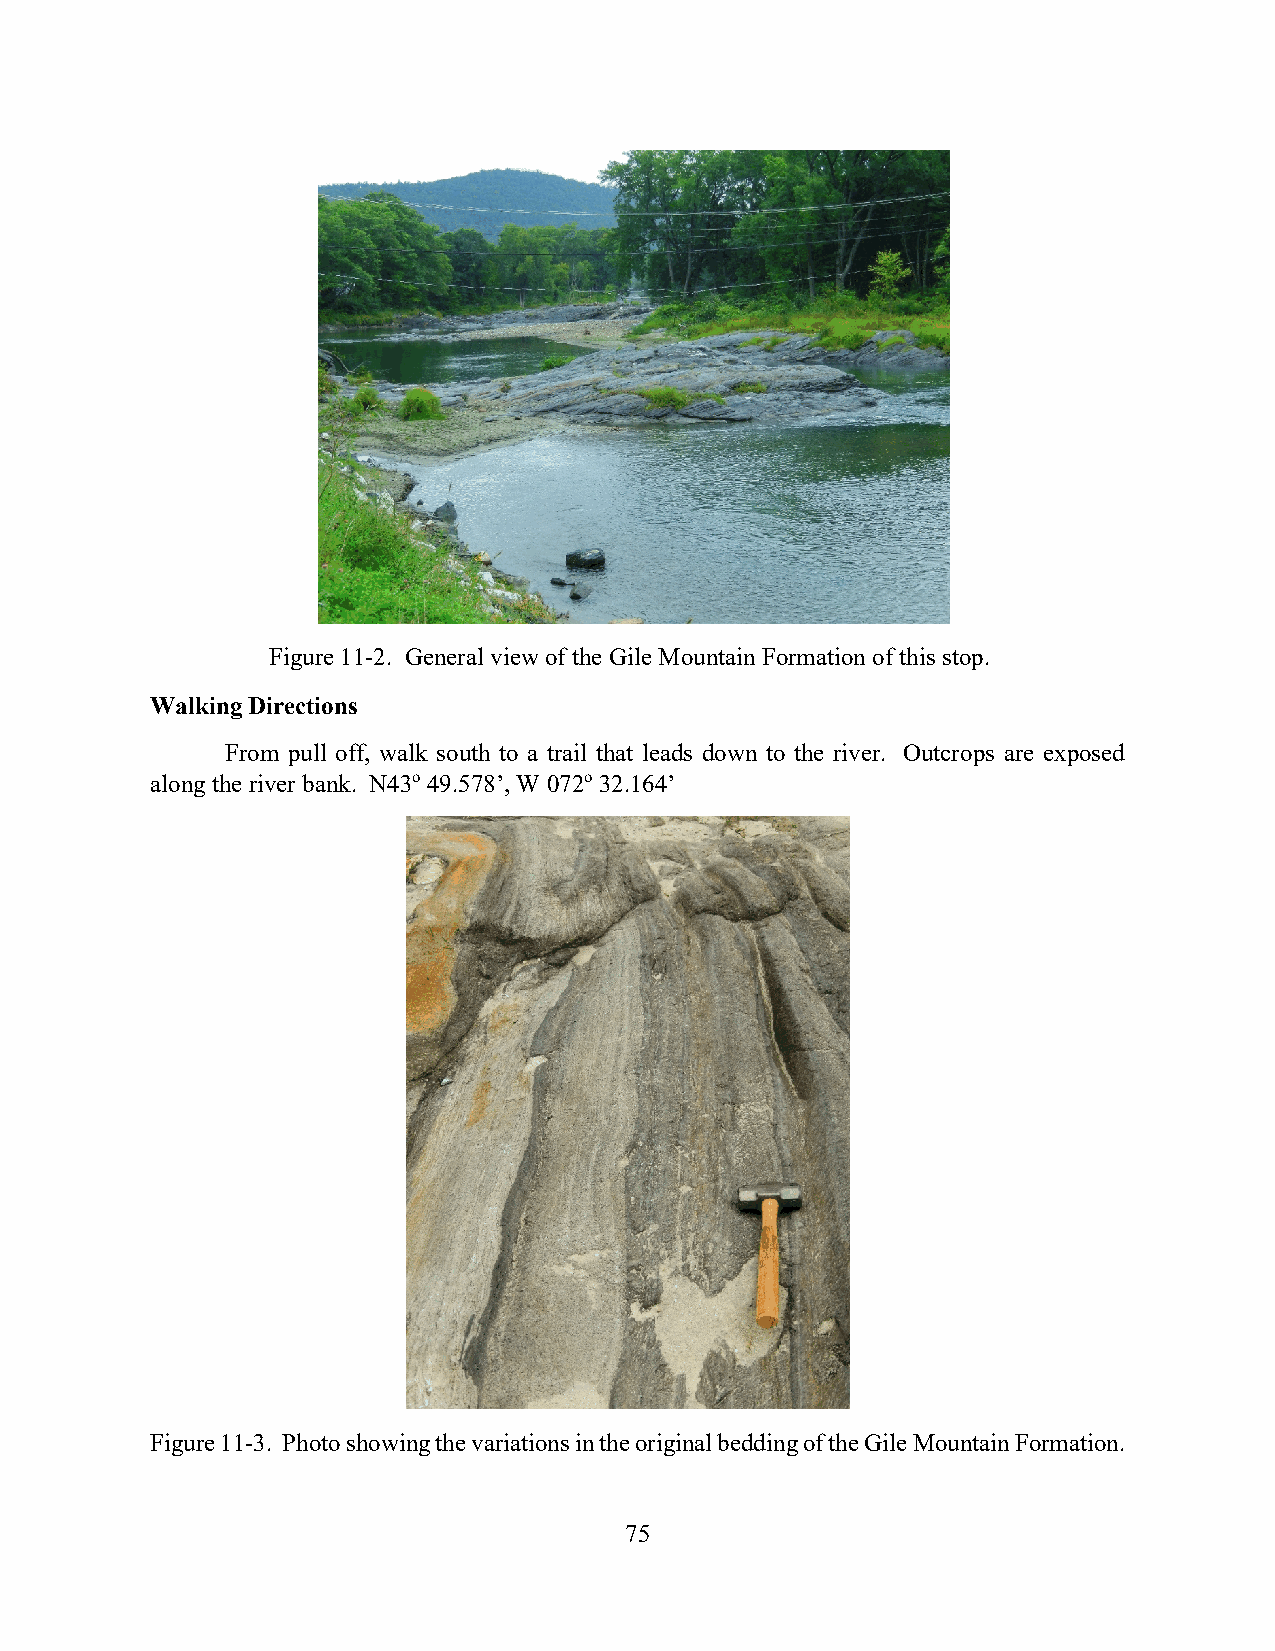
Figure 11-2. General view of the Gile Mountain Formation of this stop.
 Walking Directions
 From pull off, walk south to a trail that leads down to the river. Outcrops are exposed
 along the river bank. N43o 49.578’, W 072o 32.164’
 Figure 11-3. Photo showing the variations in the original bedding of the Gile Mountain Formation.
 75